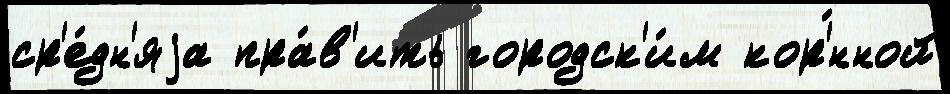
ср'е́дн'яjа пра́в'ить городск'и́м кор'́нной